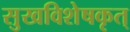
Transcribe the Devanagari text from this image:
सुखविशेषकृत्